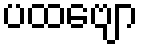
ပထဗျော